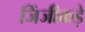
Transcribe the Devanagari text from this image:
जिंजीकड़े